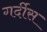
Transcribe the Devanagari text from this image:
गर्दीस